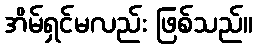
အိမ်ရှင်မလည်း ဖြစ်သည်။